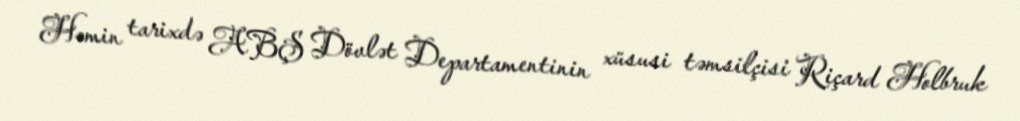
Həmin tarixdə ABŞ Dövlət Departamentinin xüsusi təmsilçisi Riçard Holbruk